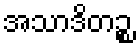
အသာဒိတဉ္စ